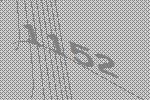
1152